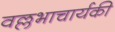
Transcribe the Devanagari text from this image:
वल्लभाचार्यकी